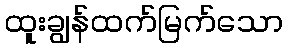
ထူးချွန်ထက်မြက်သော